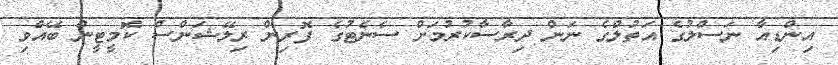
އިންޑިއާ ނަސްލުގެ އަތުލްގެ ނަން ދިރާސާކުރުމަށް ސެނެޓުގެ ފޮރިން ރިލޭޝަންސް ކޮމީޓީން ބޭއްވި